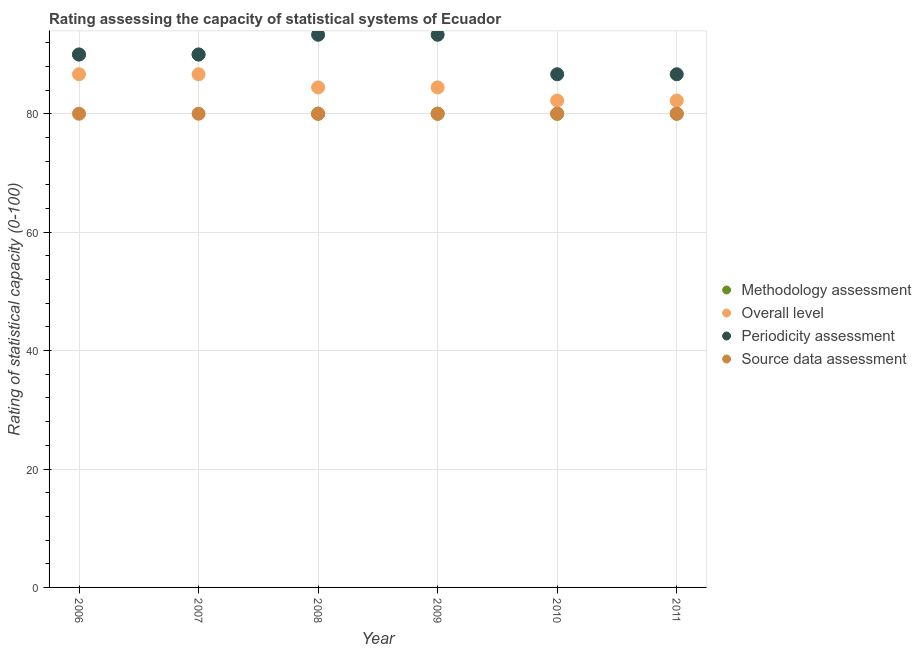
| Year | Methodology assessment | Overall level | Periodicity assessment | Source data assessment |
 | --- | --- | --- | --- | --- |
 | 2006 | 90 | 86.7 | 90 | 80 |
 | 2007 | 90 | 86.7 | 90 | 80 |
 | 2008 | 80 | 84.4 | 93.3 | 80 |
 | 2009 | 80 | 84.4 | 93.3 | 80 |
 | 2010 | 80 | 82.2 | 86.7 | 80 |
 | 2011 | 80 | 82.2 | 86.7 | 80 |